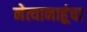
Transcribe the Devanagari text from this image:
नेत्यानाहूंचा